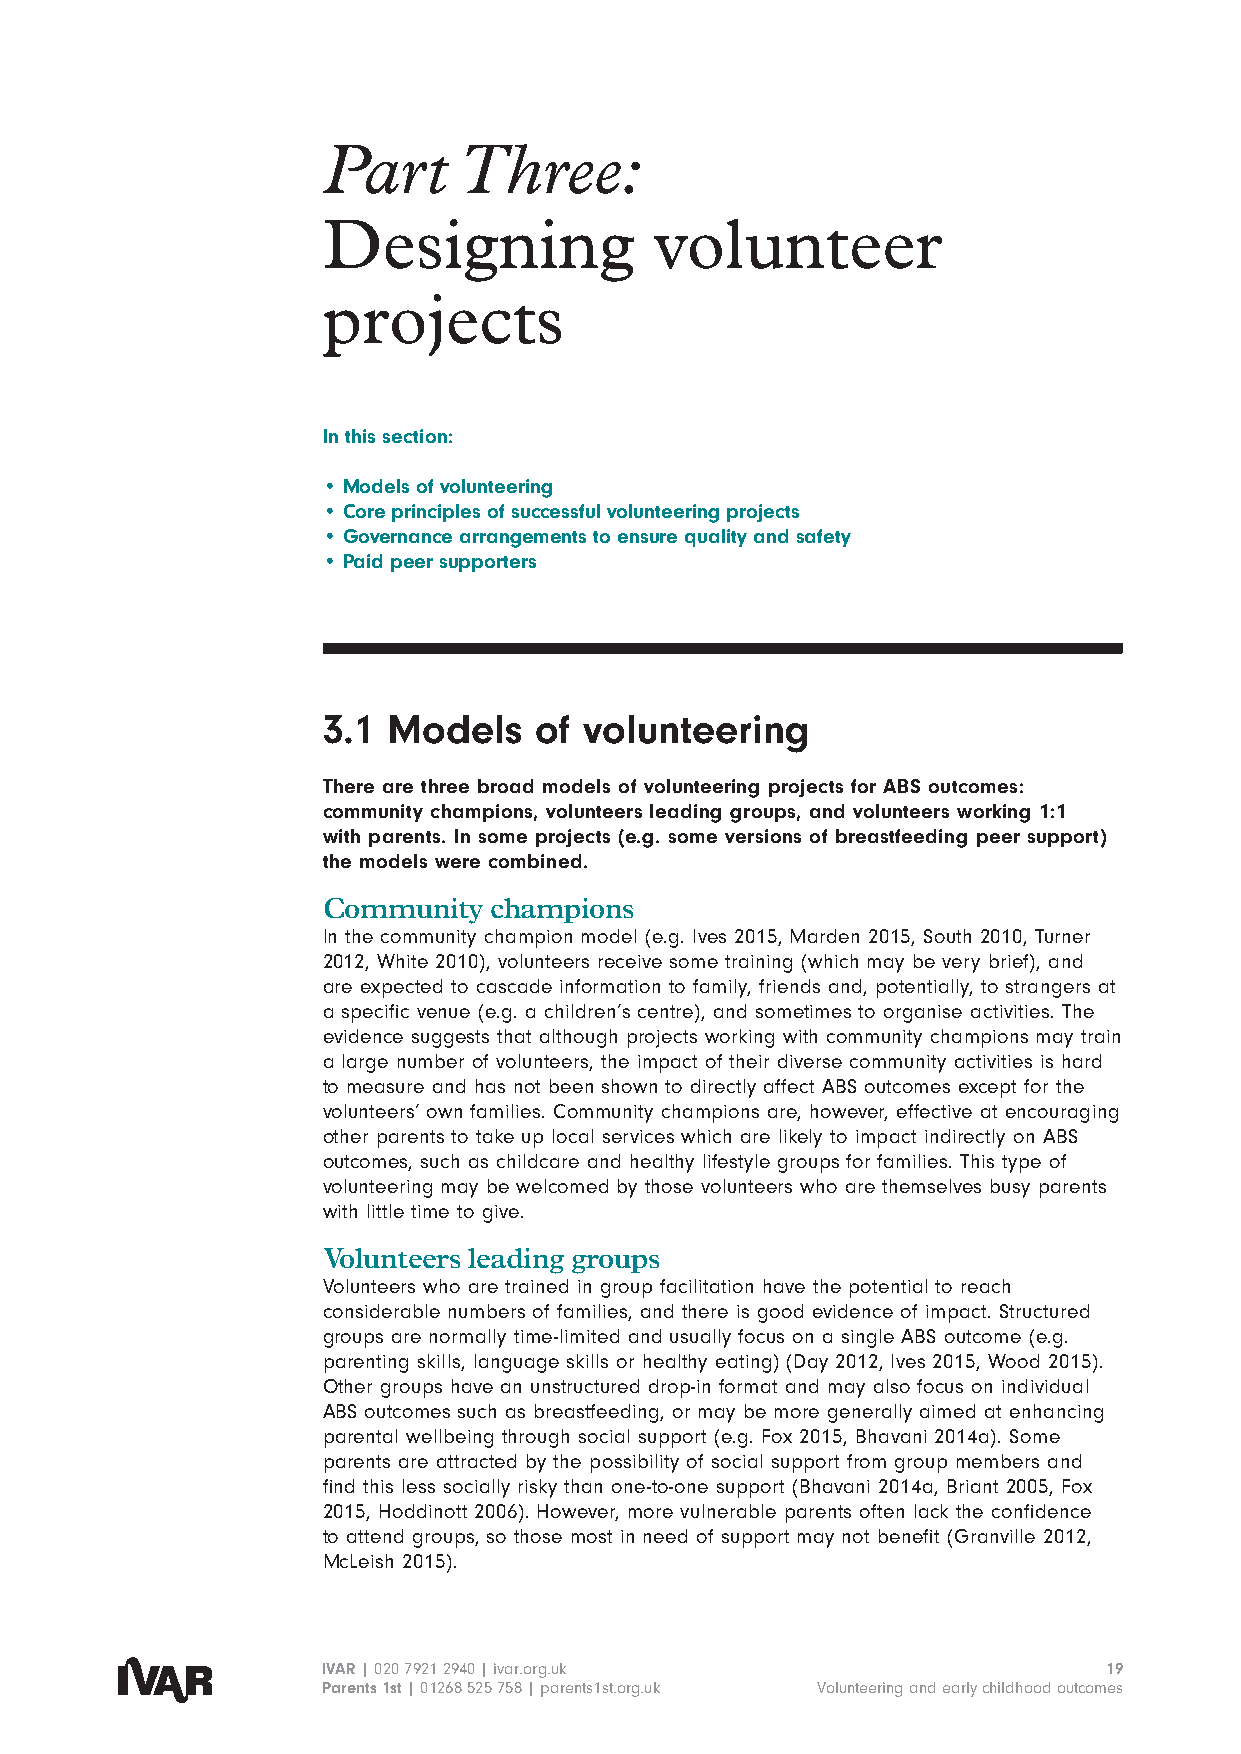
Part     Three:
 Designing             volunteer
 projects
 In this section:
 • Models of volunteering
 • Core principles of successful volunteering projects
 • Governance arrangements to ensure quality and safety
 • Paid peer supporters
 3.1  Models   of  volunteering
 There are three broad models of volunteering projects for ABS outcomes:
 community champions, volunteers leading groups, and volunteers working 1:1
 with parents. In some projects (e.g. some versions of breastfeeding peer support)
 the models were combined.
 Community  champions
 In the community champion model (e.g. Ives 2015, Marden 2015, South 2010, Turner
 2012, White 2010), volunteers receive some training (which may be very brief), and
 are expected to cascade information to family, friends and, potentially, to strangers at
 a specific venue (e.g. a children’s centre), and sometimes to organise activities. The
 evidence suggests that although projects working with community champions may train
 a large number of volunteers, the impact of their diverse community activities is hard
 to measure and has not been shown to directly affect ABS outcomes except for the
 volunteers’ own families. Community champions are, however, effective at encouraging
 other parents to take up local services which are likely to impact indirectly on ABS
 outcomes, such as childcare and healthy lifestyle groups for families. This type of
 volunteering may be welcomed by those volunteers who are themselves busy parents
 with little time to give.
 Volunteers leading groups
 Volunteers who are trained in group facilitation have the potential to reach
 considerable numbers of families, and there is good evidence of impact. Structured
 groups are normally time-limited and usually focus on a single ABS outcome (e.g.
 parenting skills, language skills or healthy eating) (Day 2012, Ives 2015, Wood 2015).
 Other groups have an unstructured drop-in format and may also focus on individual
 ABS outcomes such as breastfeeding, or may be more generally aimed at enhancing
 parental wellbeing through social support (e.g. Fox 2015, Bhavani 2014a). Some
 parents are attracted by the possibility of social support from group members and
 find this less socially risky than one-to-one support (Bhavani 2014a, Briant 2005, Fox
 2015, Hoddinott 2006). However, more vulnerable parents often lack the confidence
 to attend groups, so those most in need of support may not benefit (Granville 2012,
 McLeish 2015).
 IVAR | 020 7921 2940 | ivar.org.uk                  19
 Parents 1st | 01268 525 758 | parents1st.org.uk Volunteering and early childhood outcomes